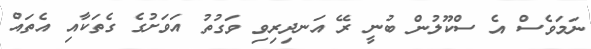
ނަމަވެސް އެ ސްކޫލުން ބުނީ ރޭ އަނދިރިވި ވަގުތު އަވަށުގެ ގެތަކާއި އެތައް